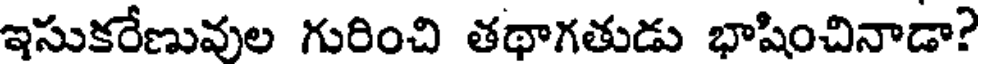
ఇసుకరేణువుల గురించి తథాగతుడు భాషించినాడా?